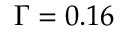
\Gamma = 0 . 1 6